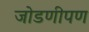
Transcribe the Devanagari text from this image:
जोडणीपण